Report of the Indian Hemp Drugs Commission, 1894-1895 - Volume I
Year: 1894
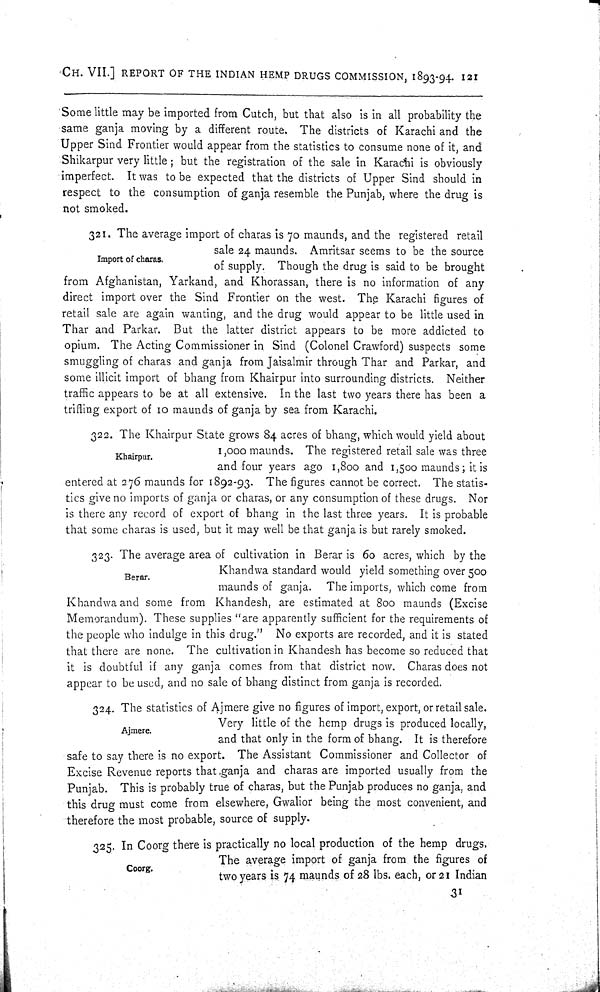
CH. VII.] REPORT OF THE INDIAN HEMP DRUGS COMMISSION, 1893-94. 121
Some little may be imported from Cutch, but that also is in all probability the
same ganja moving by a different route. The districts of Karachi and the
Upper Sind Frontier would appear from the statistics to consume none of it, and
Shikarpur very little; but the registration of the sale in Karachi is obviously
imperfect. It was to be expected that the districts of Upper Sind should in
respect to the consumption of ganja resemble the Punjab, where the drug is
not smoked.
Import of charas.
321. The average import of charas is 70 maunds, and the registered retail
sale 24 maunds. Amritsar seems to be the source
of supply. Though the drug is said to be brought
from Afghanistan, Yarkand, and Khorassan, there is no information of any
direct import over the Sind Frontier on the west. The Karachi figures of
retail sale are again wanting, and the drug would appear to be little used in
Thar and Parkar. But the latter district appears to be more addicted to
opium. The Acting Commissioner in Sind (Colonel Crawford) suspects some
smuggling of charas and ganja from Jaisalmir through Thar and Parkar, and
some illicit import of bhang from Khairpur into surrounding districts. Neither
traffic appears to be at all extensive. In the last two years there has been a
trifling export of 10 maunds of ganja by sea from Karachi.
Khairpur.
322. The Khairpur State grows 84 acres of bhang, which would yield about
1,000 maunds. The registered retail sale was three
and four years ago 1,800 and 1,500 maunds; it is
entered at 276 maunds for 1892-93. The figures cannot be correct. The statis-
tics give no imports of ganja or charas, or any consumption of these drugs. Nor
is there any record of export of bhang in the last three years. It is probable
that some charas is used, but it may well be that ganja is but rarely smoked.
Berar.
323. The average area of cultivation in Berar is 60 acres, which by the
Khandwa standard would yield something over 500
maunds of ganja. The imports, which come from
Khandwa and some from Khandesh, are estimated at 800 maunds (Excise
Memorandum). These supplies "are apparently sufficient for the requirements of
the people who indulge in this drug." No exports are recorded, and it is stated
that there are none. The cultivation in Khandesh has become so reduced that
it is doubtful if any ganja comes from that district now. Charas does not
appear to be used, and no sale of bhang distinct from ganja is recorded.
Ajmere.
324. The statistics of Ajmere give no figures of import, export, or retail sale.
Very little of the hemp drugs is produced locally,
and that only in the form of bhang. It is therefore
safe to say there is no export. The Assistant Commissioner and Collector of
Excise Revenue reports that ganja and charas are imported usually from the
Punjab. This is probably true of charas, but the Punjab produces no ganja, and
this drug must come from elsewhere, Gwalior being the most convenient, and
therefore the most probable, source of supply.
Coorg.
325. In Coorg there is practically no local production of the hemp drugs.
The average import of ganja from the figures of
two years is 74 maunds of 28 lbs. each, or 21 Indian
31